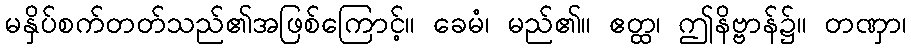
မနှိပ်စက်တတ်သည်၏အဖြစ်ကြောင့်။ ခေမံ၊ မည်၏။ ဧတ္ထ၊ ဤနိဗ္ဗာန်၌။ တဏှာ၊